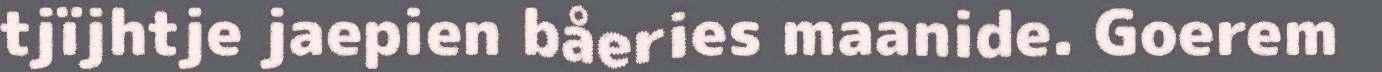
tjïjhtje jaepien båeries maanide. Goerem